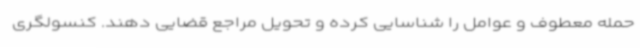
حمله معطوف و عوامل را شناسایی کرده و تحویل مراجع قضایی دهند. کنسولگری